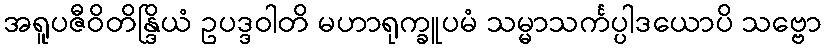
အရူပဇီဝိတိန္ဒြိယံ ဥပဒ္ဒဝါတိ မဟာရုက္ခူပမံ သမ္မာသင်္ကပ္ပါဒယောပိ သဗ္ဗော